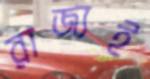
রাজ্যই